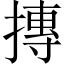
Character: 摶